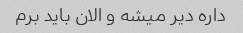
داره دیر میشه و الان باید برم